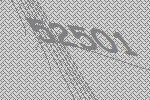
52501